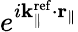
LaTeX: e^{i{\mathbf k}_{\parallel}^{\mathrm{ref}}\cdot{\mathbf r}_{\parallel}}